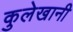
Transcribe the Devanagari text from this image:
कुलेखानी